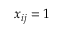
x _ { i j } = 1